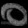
Digit: ၀